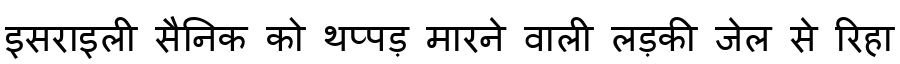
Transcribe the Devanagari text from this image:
इसराइली सैनिक को थप्पड़ मारने वाली लड़की जेल से रिहा